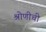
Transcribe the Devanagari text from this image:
श्रोणीची